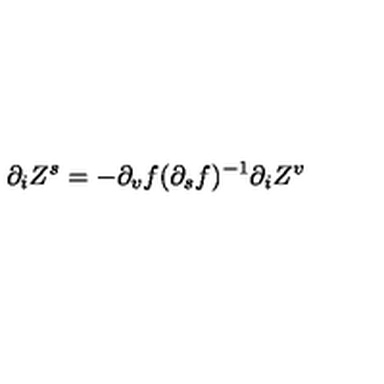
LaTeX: \partial _ { i } Z ^ { s } = - \partial _ { v } f ( \partial _ { s } f ) ^ { - 1 } \partial _ { i } Z ^ { v }